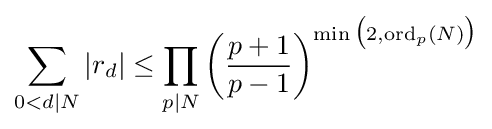
\sum _{0<d\mid N}|r_{d}|\leq \prod _{p\mid N}\left({\frac {p+1}{p-1}}\right)^{\min {\bigl (}2,{\text{ord}}_{p}(N){\bigr )}}